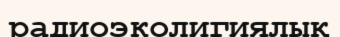
радиоэколигиялық